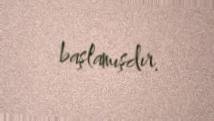
başlamışdır.